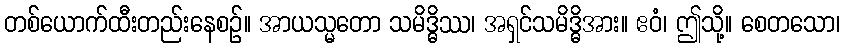
တစ်ယောက်ထီးတည်းနေစဉ်။ အာယသ္မတော သမိဒ္ဓိဿ၊ အရှင်သမိဒ္ဓိအား။ ဧဝံ၊ ဤသို့။ စေတသော၊